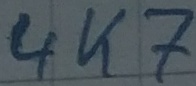
Text: 4K7